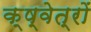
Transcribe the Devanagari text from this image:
क्ष्वेत्रों